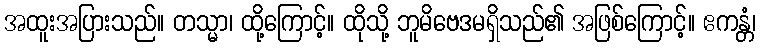
အထူးအပြားသည်။ တသ္မာ၊ ထို့ကြောင့်။ ထိုသို့ ဘူမိဗေဒမရှိသည်၏ အဖြစ်ကြောင့်။ ဧကန္တံ၊